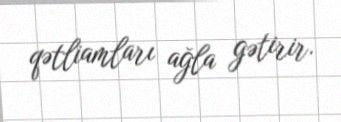
qətliamları ağla gətirir.